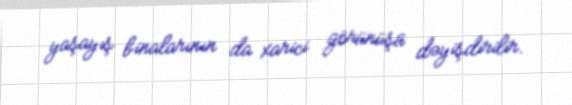
yaşayış binalarının da xarici görünüşü dəyişdirilir.